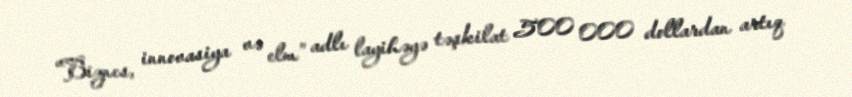
“Biznes, innovasiya və elm” adlı layihəyə təşkilat 500 000 dollardan artıq